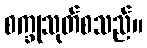
စက္ခုသုတ်စသည်။